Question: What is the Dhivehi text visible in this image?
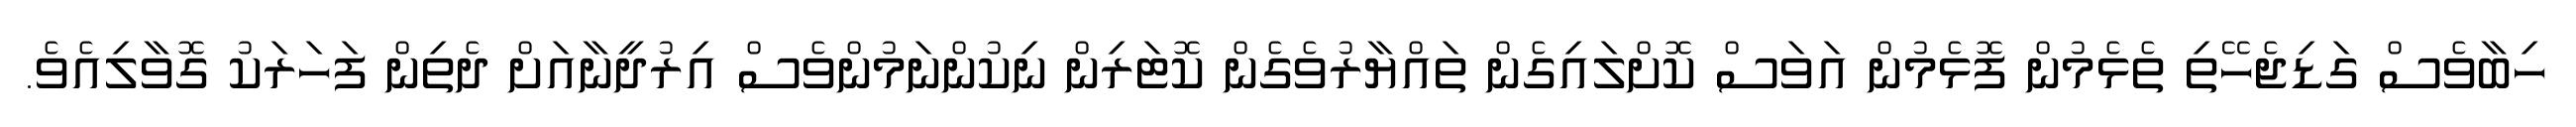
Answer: ހިބާވެސް ގަޑިޖެހޭތި ތެޅެމުން ފޮޅެމުން އަވަސް ކޮށްލައިގެން ތައްޔާރުވެގެން ކޮޓަރިން ނިކުންނަމުންވެސް އިރުދީނާއަށް ދެތިން ފަހަރަކު ގޮވާލިއެވެ.